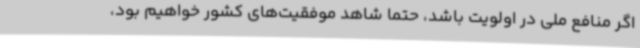
اگر منافع ملی در اولویت باشد، حتما شاهد موفقیت‌های کشور خواهیم بود،